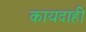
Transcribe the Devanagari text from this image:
कायदाही